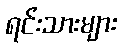
ရင်းသားများ